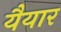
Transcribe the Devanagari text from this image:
यैयार